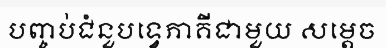
បញ្ចប់ជំនួបទ្វេភាគីជាមួយ សម្តេច